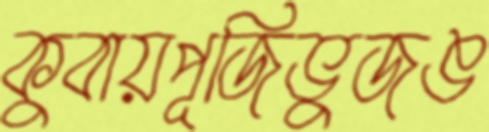
কুবায়পূজিভুজঙ